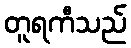
တူရကီသည်